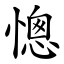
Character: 憁